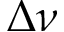
\Delta \nu